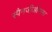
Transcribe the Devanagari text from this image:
स्पैनजीऔसम।